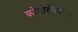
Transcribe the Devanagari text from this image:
कोमोरोव्स्कीला